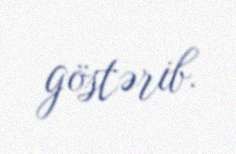
göstərib.